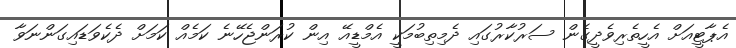
އެޕާޓީއަށް އެހީތެރިވެދީގެން ސަރުކާރުގައި ދެމިތިބުމަކީ އެމްޑީއޭ އިން ކުރަންޖެހޭނެ ކަމެއް ކަމަށް ދެކެވަޑައިގަންނަވާ